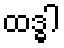
ထဒ္ဓါ